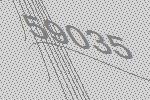
59035